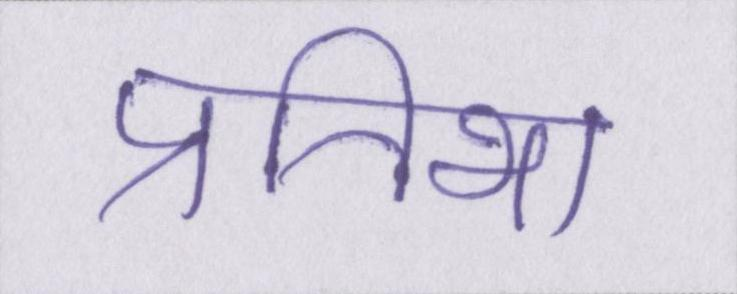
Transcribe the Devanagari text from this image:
प्रतिभा